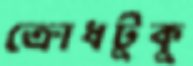
ক্রোধটুকু